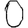
Digit: 0